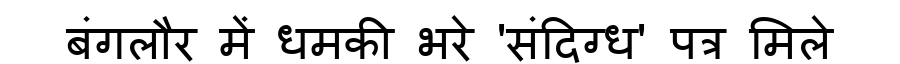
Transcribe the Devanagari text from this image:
बंगलौर में धमकी भरे 'संदिग्ध' पत्र मिले